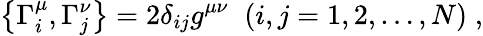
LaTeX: \left\{ \Gamma_{i}^{\mu},\Gamma_{j}^{\nu}\right\} =2\delta_{ij}g^{\mu\nu}\; \; (i,j=1,2,\ldots,N)\; ,